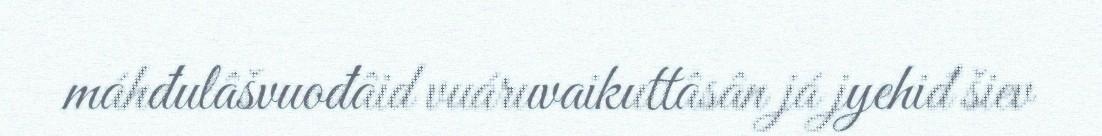
máhđulâšvuođâid vuáruvaikuttâsân já jyehiđ šiev